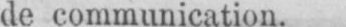
de communication.